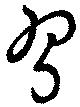
習